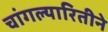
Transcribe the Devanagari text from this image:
चांगल्यारितीने